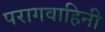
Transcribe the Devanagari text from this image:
परागवाहिनी